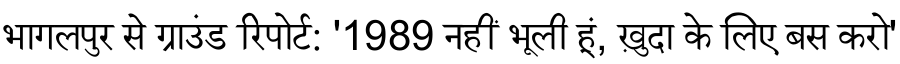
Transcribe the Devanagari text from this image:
भागलपुर से ग्राउंड रिपोर्ट: '1989 नहीं भूली हूं, ख़ुदा के लिए बस करो'